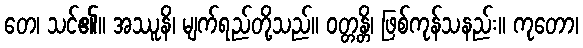
တေ၊ သင်၏။ အဿူနိ၊ မျက်ရည်တို့သည်။ ဝတ္တန္တိ၊ ဖြစ်ကုန်သနည်း။ ကုတော၊